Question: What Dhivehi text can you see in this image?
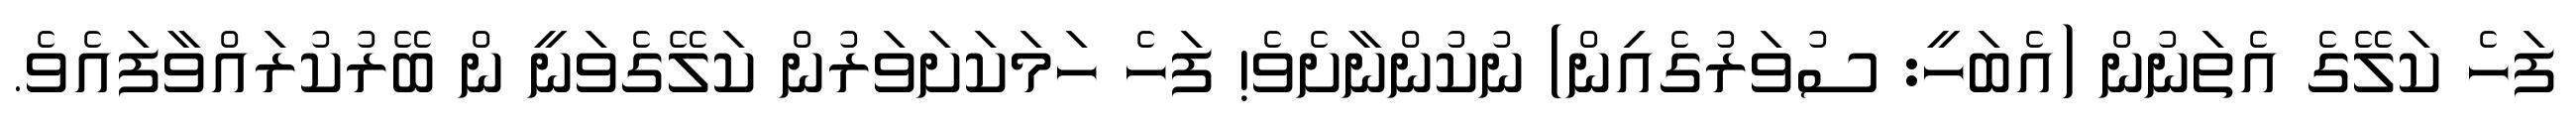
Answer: ފަހެ ކަލޭގެ އެތަނުން (އެބަހީ: ސުވަރުގެއިން) ނުކުންނާށެވެ! ފަހެ ހަމަކަށަވަރުން ކަލޭގެވަނީ ން ބޭރުކުރައްވާފައެވެ.